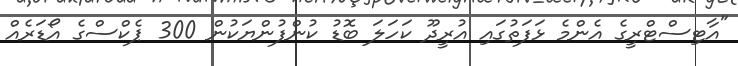
"އާޓިސްޓްރީގެ އެންމެ ޅަފަތުގައި އުރީދޫ ކަހަލަ ބޮޑު ކުންފުންޔަކުން 300 ޕެކްސްގެ އޯޑަރެއް